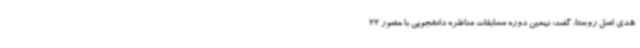
هدی اصل روستا، گفت: نهمین دوره مسابقات مناظره دانشجویی با حضور 22